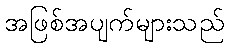
အဖြစ်အပျက်များသည်